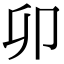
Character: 卯